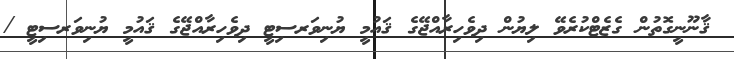
ޤާނޫނީގޮތުން ގެޒެޓްކުރެވޭ ލިޔުން ދިވެހިރާއްޖޭގެ ޤައުމީ ޔުނިވަރސިޓީ ދިވެހިރާއްޖޭގެ ޤައުމީ ޔުނިވަރސިޓީ /